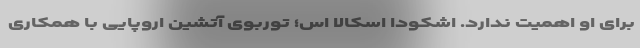
برای او اهمیت ندارد. اشکودا اسکالا اس؛ توربوی آتشین اروپایی با همکاری